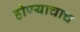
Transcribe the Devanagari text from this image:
होण्याचाच